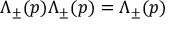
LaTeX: \Lambda _ { \pm } ( p ) \Lambda _ { \pm } ( p ) = \Lambda _ { \pm } ( p )